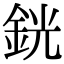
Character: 銧